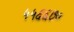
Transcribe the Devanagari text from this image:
५५६६७०